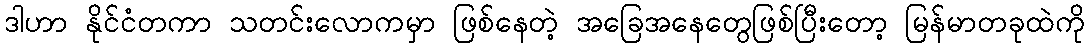
ဒါဟာ နိုင်ငံတကာ သတင်းလောကမှာ ဖြစ်နေတဲ့ အခြေအနေတွေဖြစ်ပြီးတော့ မြန်မာတခုထဲကို